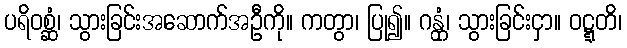
ပရိဝစ္ဆံ၊ သွားခြင်းအဆောက်အဦကို။ ကတွာ၊ ပြု၍။ ဂန္တုံ၊ သွားခြင်းငှာ။ ဝဋ္ဋတိ၊